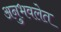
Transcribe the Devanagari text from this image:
अनुभवलेत